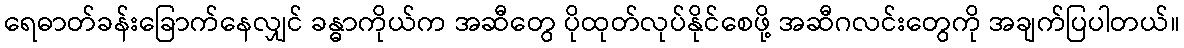
ရေဓာတ်ခန်းခြောက်နေလျှင် ခန္ဓာကိုယ်က အဆီတွေ ပိုထုတ်လုပ်နိုင်စေဖို့ အဆီဂလင်းတွေကို အချက်ပြပါတယ်။